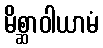
မိစ္ဆာဝါယာမံ